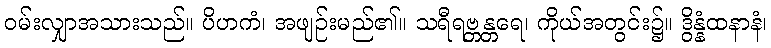
ဝမ်းလျှာအသားသည်။ ပိဟကံ၊ အဖျဉ်းမည်၏။ သရီရဗ္တန္တရေ၊ ကိုယ်အတွင်း၌။ ဒွိန္နံထနာနံ၊